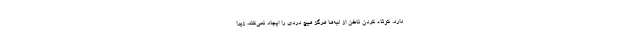
دارد. کوتاه کردن ناخن از لبه‌ها هرگز هیچ دردی را ایجاد نمی‌کند، زیرا